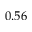
0 . 5 6